Annual administration and progress report of the Indian Medical Department, Bombay
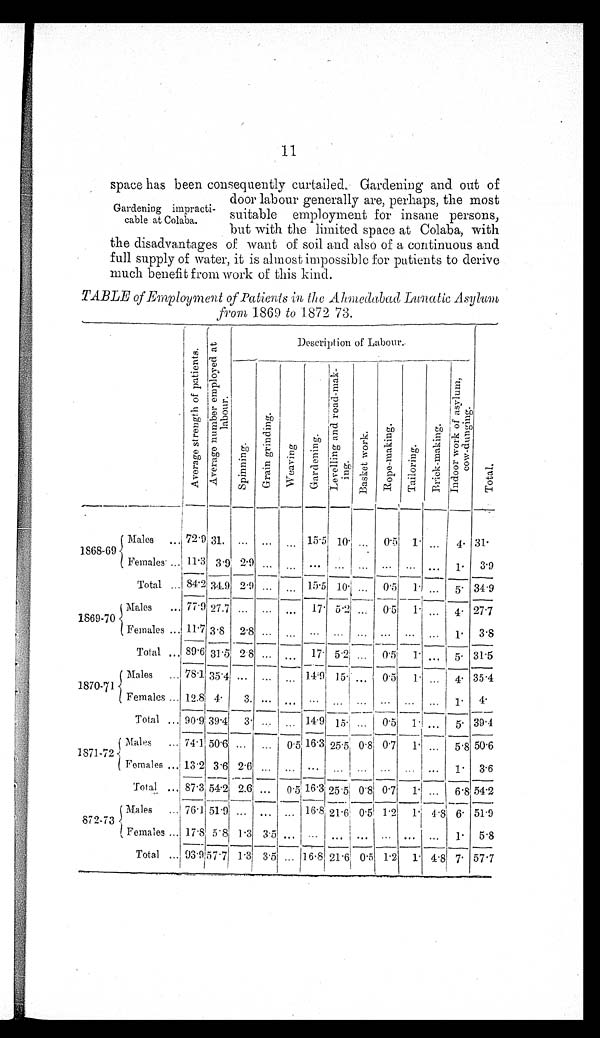
11
space has been consequently curtailed.Gardening and out of
door labour generally are, perhaps, the most
Gardening impracti-
s u i t a b l e e m p l o y m e n t f o r i n s a n e p e r s o n s ,
c a b l e s a t C o l a b a . but with the limited space at Colaba, with
the disadvantages of want of soil and also of a continuous and
full supply of water,it is almost impossible for patients to derive
much benefit from work of this kind.
TABLE of Employment of Patients in the Ahmedabad Lunatic Asylum
from 1869 to 1872 73.
Description of Labour.
A v e r a g e s t r e n g t h o f p a t i e n t s .
A v e r a g e n u m b e r e m p l o y e d a t l a b o u r .
S p i n n i n g .
G r a i n g r i n d i n g .
W e a v i n g .
G a r d e n i n g .
L e v e l l i n g a n d r o a d - m a r k - i n g .
Basket work.
R o p e - m a k i n g .
T a i l o r i n g .
B r i c k - m a k i n g .
I n d o o r w o r k o f a s y l u m , c o w - d u n g i n g .
T o t a l
1868-69
Males
7 2 . 9
31 ... ...
. . .
15.5
1 0 ...
0 . 5
1
. . . 4 31
Females
11.3 3 .9 2.9 ...
. . . ...
. . . ... ...
---
...
---
... 1
3.9
-
Total
8 4 . 2
34.9
2 . 9 ... ... 15 .5 10 ... 0.5 1
. . .
5
34.9
1869-70
Males
77.9 27.7 ...
. . .
. . .
1 7
5 . 2
...
0 . 5
1
. . .
4 27.7
Females
11.7 3 . 8 2 .8 ... ...
. . . ... ...
. . .
. . . ... 1
3.8
Total
8 9 . 6
31.5
2 . 8
. . .
. . .
17 5 .2
. . .
0 . 5 1 ... 5 31.5
1870-71
Males
78.1 35 .4 ...
. . . ... 14.9 15 ... 0.5
1 ... 4 35.4
Females 12.8 4
3 ... ... ... ... ... ... ... ... 1
4
Total
90.9 39.4 3 ...
. . .
14.9 15 ... 0. 5 1 ... 5 39.4
1871-72
Males
74.1 50.6 ... ...
0 . 5 16.3 25 . 5 0 . 8 0.7 1 ... 5 . 8 50.6
Females
13 . 2 3 .6 2. 6 ... ... ... ... ...
. . .
. . .
. . .
1
3 . 6
Total
87 . 3 54.2
2 . 6 ... 0 .5 16.3
2 5 . 5
0.8
0 . 7
1
. . .
6.8 54.2
872-73
Males
76.1 51.9 ... ... ... 16. 8 21.6 0.5 1.2
1 4 . 8 6 51.9
Females
17 .8 5.8 1 . 3 3 . 5 ...
. . .
. . . ...
___-
... ...
____
... 1 5.8
-.
Total
9 3 . 9
57.7 1 . 3 3 . 5 ... 16.8 21.6 0.5 1.2 1 4.8 7 57.7